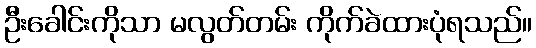
ဦးခေါင်းကိုသာ မလွတ်တမ်း ကိုက်ခဲထားပုံရသည်။